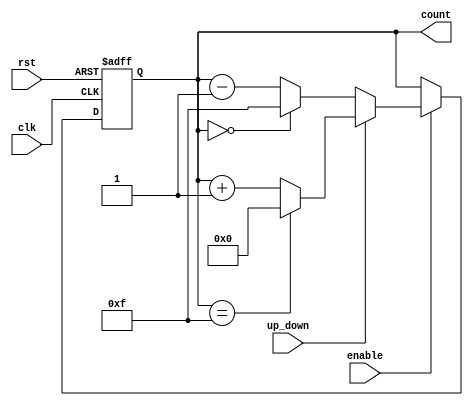
module UpDownCounter (
    input wire clk,             // Clock signal
    input wire rst,             // Asynchronous reset signal
    input wire up_down,         // Up/Down control signal (1 = up, 0 = down)
    input wire enable,          // Enable signal to allow counting
    output reg [3:0] count      // 4-bit count output
);

    // Maximum value for a 4-bit counter
    localparam MAX_COUNT = 4'b1111; // 15 in decimal
    localparam MIN_COUNT = 4'b0000; // 0 in decimal

    // Synchronous process
    always @(posedge clk or posedge rst) begin
        if (rst) begin
            count <= MIN_COUNT;    // Reset count to zero
        end else if (enable) begin
            if (up_down) begin
                // Count up
                if (count == MAX_COUNT) begin
                    count <= MIN_COUNT; // Wrap around on overflow
                end else begin
                    count <= count + 1; // Increment count
                end
            end else begin
                // Count down
                if (count == MIN_COUNT) begin
                    count <= MAX_COUNT; // Wrap around on underflow
                end else begin
                    count <= count - 1; // Decrement count
                end
            end
        end
        // If enable is low, do nothing (hold state)
    end

endmodule